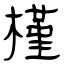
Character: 槿